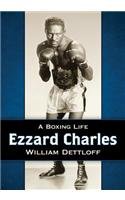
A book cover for Ezzard Charles: A Boxing Life; William Dettloff; Biographies & Memoirs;